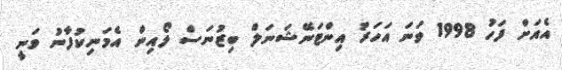
އެއަށް ފަހު 1998 ވަނަ އަހަރު އިންޓަނޭޝަނަލް ބިޒުނަސް ލޯއިން އެމަނިކުފާނު ވަނީ